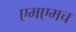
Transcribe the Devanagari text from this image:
एमएमच